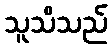
သူသိသည်